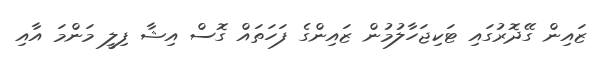
ޒައިން ގޭދޮރުގައި ޓަކިޖަހާލުމުން ޒައިންގެ ފަހަތައް ގޮސް އިޝާ ފިލީ މަންމަ އާއި